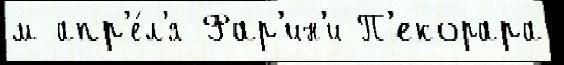
м апр'е́л'я Фар'ин'и П'екорара